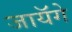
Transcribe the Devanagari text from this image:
जायॅगे